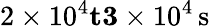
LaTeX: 2\times 10^{4}\le t\le 3\times 10^{4}\, \mathrm{s}